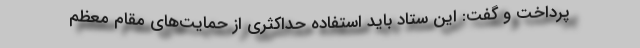
پرداخت و گفت: این ستاد باید استفاده حداکثری از حمایت‌های مقام معظم